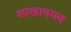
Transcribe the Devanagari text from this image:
शाखावयव